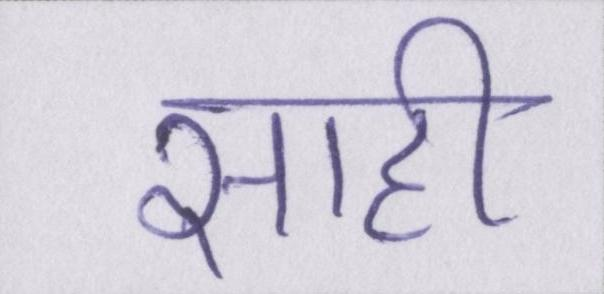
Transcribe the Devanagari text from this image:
साही